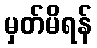
မှတ်မိရန်